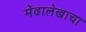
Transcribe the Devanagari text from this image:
मेंढालेखाचा